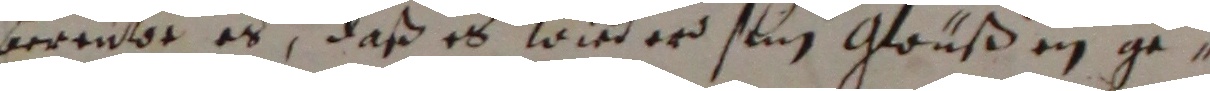
bereütee es, daß es wiederd sein glußen ge